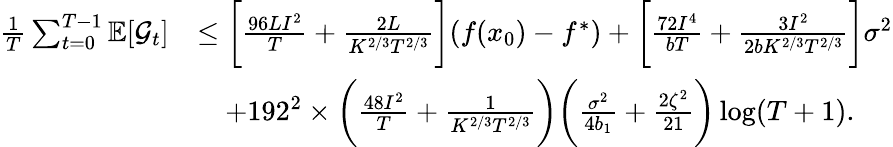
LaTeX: \begin{array}{rl}{\frac{1}{T}\sum_{t=0}^{T-1}\mathbb{E}[\mathcal{G}_{t}]}&{\leq\bigg[\frac{96LI^{2}}{T}+\frac{2L}{K^{2/3}T^{2/3}}\bigg](f(x_{0})-f^{\ast})+\bigg[\frac{72I^{4}}{bT}+\frac{3I^{2}}{2bK^{2/3}T^{2/3}}\bigg]\sigma^{2}}\\ &{\quad+192^{2}\times\bigg(\frac{48I^{2}}{T}+\frac{1}{K^{2/3}T^{2/3}}\bigg)\bigg(\frac{\sigma^{2}}{4b_{1}}+\frac{2\zeta^{2}}{21}\bigg)\log(T+1).}\end{array}